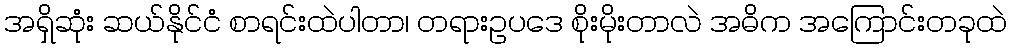
အရှိဆုံး ဆယ်နိုင်ငံ စာရင်းထဲပါတာ၊ တရားဥပဒေ စိုးမိုးတာလဲ အဓိက အကြောင်းတခုထဲ